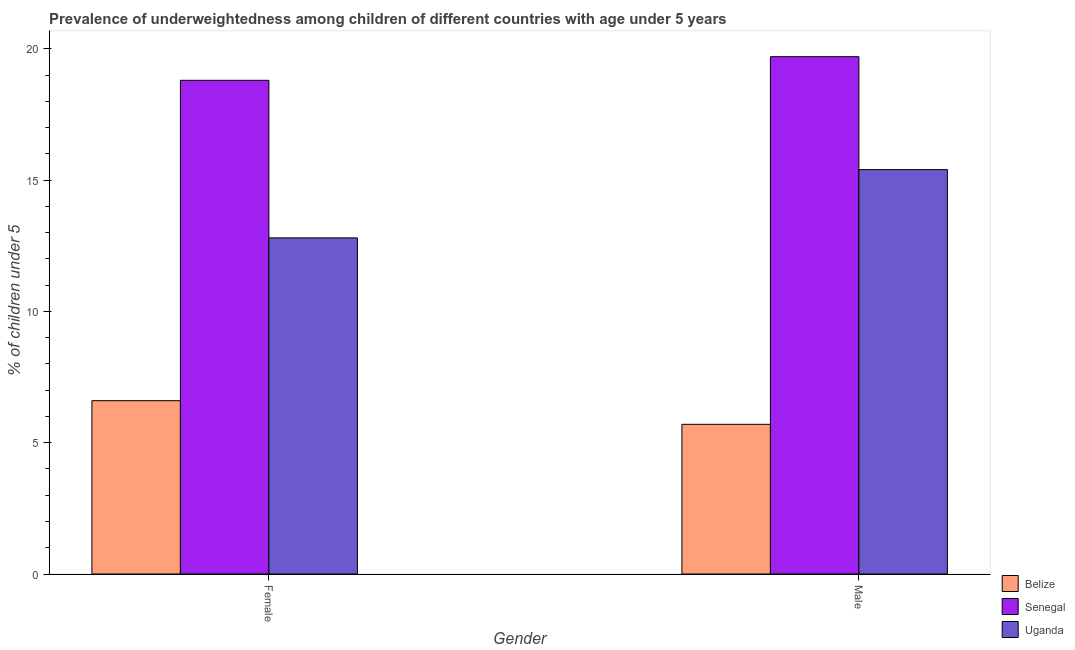
| Gender | Belize | Senegal | Uganda |
 | --- | --- | --- | --- |
 | Female | 6.6 | 18.8 | 12.8 |
 | Male | 5.7 | 19.7 | 15.4 |